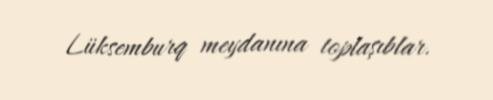
Lüksemburq meydanına toplaşıblar.